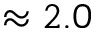
\approx 2 . 0